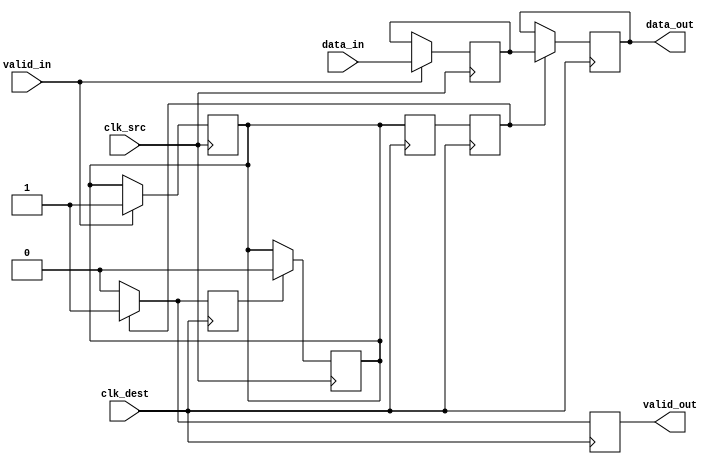
module handshake_synchronizer (
    input  wire        clk_src,     // Clock signal for the source domain
    input  wire        clk_dest,    // Clock signal for the destination domain
    input  wire [7:0]  data_in,     // Data input from the source domain
    input  wire        valid_in,     // Valid signal from the source domain
    output reg [7:0]  data_out,     // Synchronized data output in the destination domain
    output reg        valid_out      // Valid signal for the output in the destination domain
);

    // Internal signals
    reg [7:0] sync_data;            // Data register in the source domain
    reg sync_valid;                 // Valid register in the source domain
    reg ack;                        // Acknowledgment signal from the destination domain
    reg sync_valid_d1, sync_valid_d2; // Synchronization flip-flops for valid signal

    // Source domain logic
    always @(posedge clk_src) begin
        if (valid_in) begin
            sync_data <= data_in;   // Latch data
            sync_valid <= 1'b1;      // Assert valid
        end
    end

    // Destination domain logic
    always @(posedge clk_dest) begin
        // Synchronizing the valid signal using double-flop technique
        sync_valid_d1 <= sync_valid; 
        sync_valid_d2 <= sync_valid_d1;

        // Check for valid data and acknowledge
        if (sync_valid_d2) begin
            data_out <= sync_data;    // Transfer data to output
            valid_out <= 1'b1;         // Assert output valid
            ack <= 1'b1;               // Acknowledge receipt
        end else begin
            valid_out <= 1'b0;         // Deassert output valid
            ack <= 1'b0;               // Deassert acknowledgment
        end
    end

    // Acknowledge logic in the source domain
    always @(posedge clk_src) begin
        if (ack) begin
            sync_valid <= 1'b0;       // Deassert valid upon acknowledgment
        end
    end

endmodule